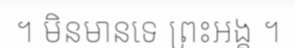
។ មិនមានទេ ព្រះអង្គ ។